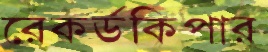
রেকর্ডকিপার